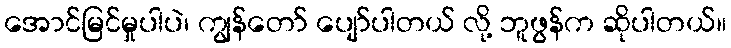
အောင်မြင်မှုပါပဲ၊ ကျွန်တော် ပျော်ပါတယ် လို့ ဘူဖွန်က ဆိုပါတယ်။